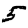
Digit: 5